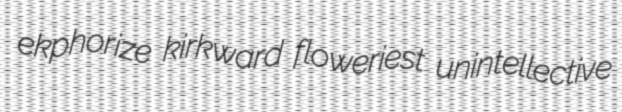
ekphorize kirkward floweriest unintellective